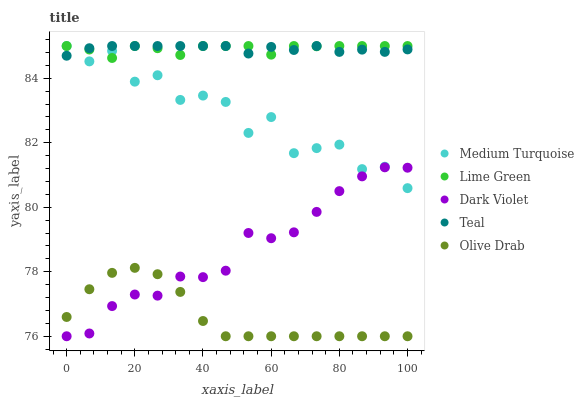
| xaxis_label | Medium Turquoise | Lime Green | Dark Violet | Teal | Olive Drab |
 | --- | --- | --- | --- | --- | --- |
 | 0 | 85 | 85 | 76 | 84.7 | 76.6 |
 | 6.67 | 84.5 | 84.9 | 76.1 | 84.9 | 77.5 |
 | 13.3 | 84.8 | 84.6 | 76.9 | 85 | 78 |
 | 20 | 83.9 | 85 | 77.3 | 85 | 78.1 |
 | 26.7 | 84.1 | 84.9 | 77.3 | 85 | 77.9 |
 | 33.3 | 83.3 | 84.7 | 77.9 | 85 | 77.4 |
 | 40 | 83.5 | 85 | 77.8 | 85 | 76.5 |
 | 46.7 | 83.3 | 85 | 78 | 85 | 76 |
 | 53.3 | 82.3 | 85 | 79.2 | 84.8 | 76 |
 | 60 | 82.8 | 84.7 | 79 | 85 | 76 |
 | 66.7 | 81.7 | 85 | 79.2 | 84.9 | 76 |
 | 73.3 | 81.8 | 85 | 79.9 | 85 | 76 |
 | 80 | 81.9 | 85 | 80.5 | 84.8 | 76 |
 | 86.7 | 81.2 | 85 | 81 | 84.9 | 76 |
 | 93.3 | 81.3 | 85 | 81.2 | 84.8 | 76 |
 | 100 | 80.6 | 85 | 81.2 | 84.9 | 76 |